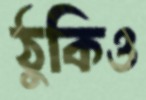
ঠুকিও